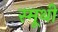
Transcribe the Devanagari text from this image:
स्मूथी